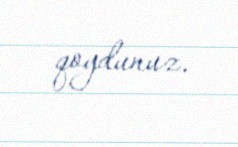
qoydunuz.